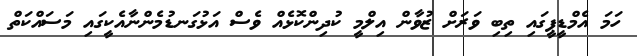
ހަމަ އެމްޑީޕީގައި ތިބި ވަރަށް ޒުވާން އިލްމީ ކުދިންކޮޅެއް ވެސް އަޅުގަނޑުމެންނާއެކީގައި މަސައްކަތް